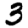
Digit: 3